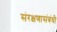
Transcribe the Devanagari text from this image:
संरक्षणासंबंधी